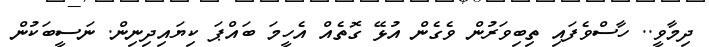
ދިމާވީ.. ހާސްވެފައި ތިބިވަރުން ވެގެން އުޅޭ ގޮތެއް އެހީމަ ބައްޕަ ކިޔައިދިނިން. ނަސީބަކުން